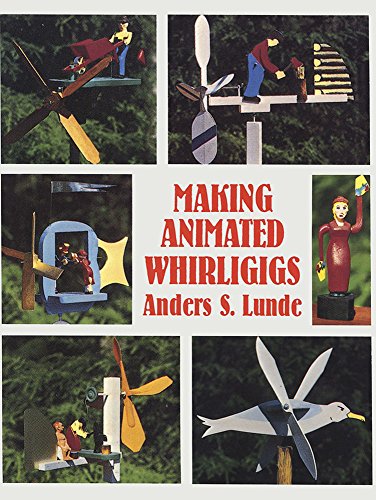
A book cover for Making Animated Whirligigs (Dover Woodworking); Anders S. Lunde; Crafts, Hobbies & Home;